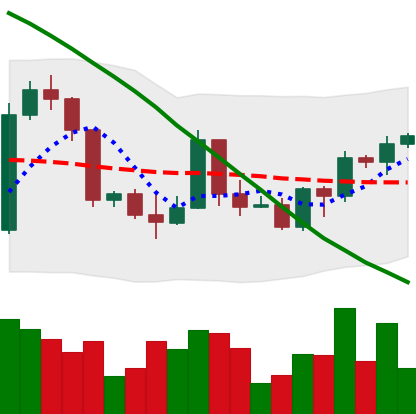
Ticker: BTC-USD
Chart end date: 2022-03-19
Forward return: 4.196%
Label: up_3_5